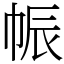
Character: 帪